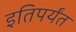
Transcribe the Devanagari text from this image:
इतिपर्यंत